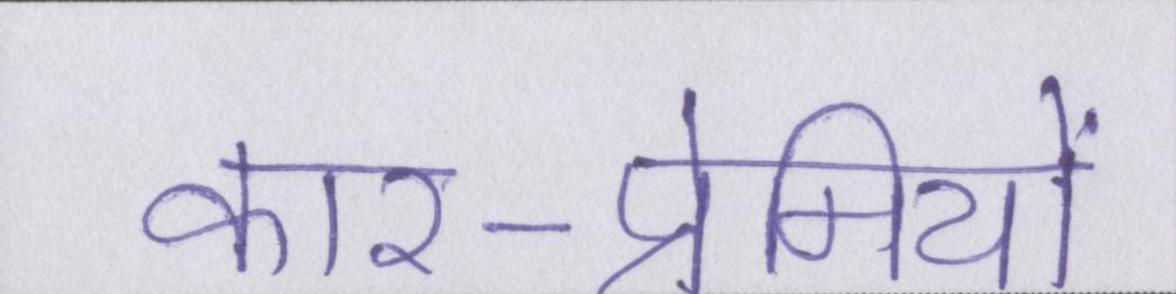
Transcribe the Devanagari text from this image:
कार-प्रेमियों